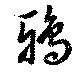
鴉